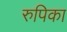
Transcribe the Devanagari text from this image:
रुपिका